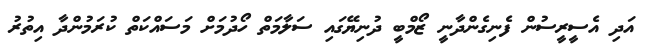
އަދި އެސީރީސުން ފެނިގެންދާނީ ޒޯމްބީ ދުނިޔޭގައި ސަލާމަތް ހޯދުމަށް މަސައްކަތް ކުރަމުންދާ އިތުރު